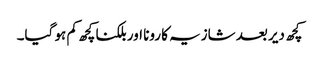
کچھ دیر بعد شازیہ کا رونا اور بلکنا کچھ کم ہو گیا۔